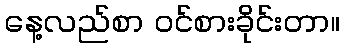
နေ့လည်စာ ဝင်စားခိုင်းတာ။